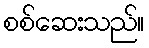
စစ်ဆေးသည်။